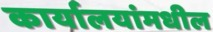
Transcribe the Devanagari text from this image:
कार्यालयांमधील